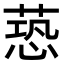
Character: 𦶐